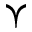
\curlyvee